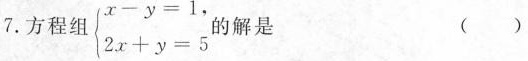
7.方程组 \begin {matrix}